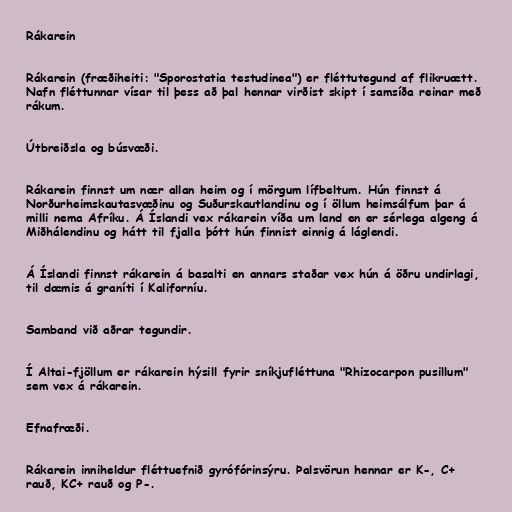
Rákarein

Rákarein (fræðiheiti: "Sporostatia testudinea") er fléttutegund af flikruætt.
Nafn fléttunnar vísar til þess að þal hennar virðist skipt í samsíða reinar með
rákum.

Útbreiðsla og búsvæði.

Rákarein finnst um nær allan heim og í mörgum lífbeltum. Hún finnst á
Norðurheimskautasvæðinu og Suðurskautlandinu og í öllum heimsálfum þar á
milli nema Afríku. Á Íslandi vex rákarein víða um land en er sérlega algeng á
Miðhálendinu og hátt til fjalla þótt hún finnist einnig á láglendi.

Á Íslandi finnst rákarein á basalti en annars staðar vex hún á öðru undirlagi,
til dæmis á graníti í Kaliforníu.

Samband við aðrar tegundir.

Í Altai-fjöllum er rákarein hýsill fyrir sníkjufléttuna "Rhizocarpon pusillum"
sem vex á rákarein.

Efnafræði.

Rákarein inniheldur fléttuefnið gyrófórinsýru. Þalsvörun hennar er K-, C+
rauð, KC+ rauð og P-.